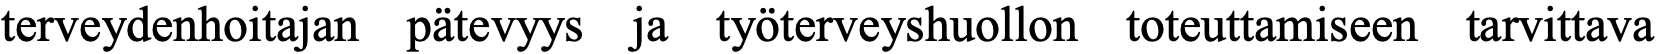
terveydenhoitajan pätevyys ja työterveyshuollon toteuttamiseen tarvittava